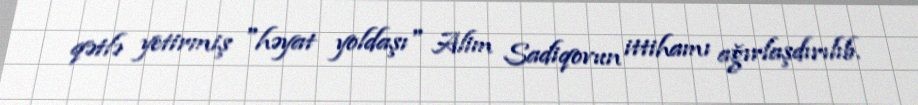
qətlə yetirmiş "həyat yoldaşı" Alim Sadiqovun ittihamı ağırlaşdırılıb.